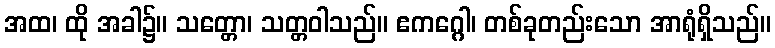
အထ၊ ထို အခါ၌။ သတ္တော၊ သတ္တဝါသည်။ ဧကဂ္ဂေါ၊ တစ်ခုတည်းသော အာရုံရှိသည်။